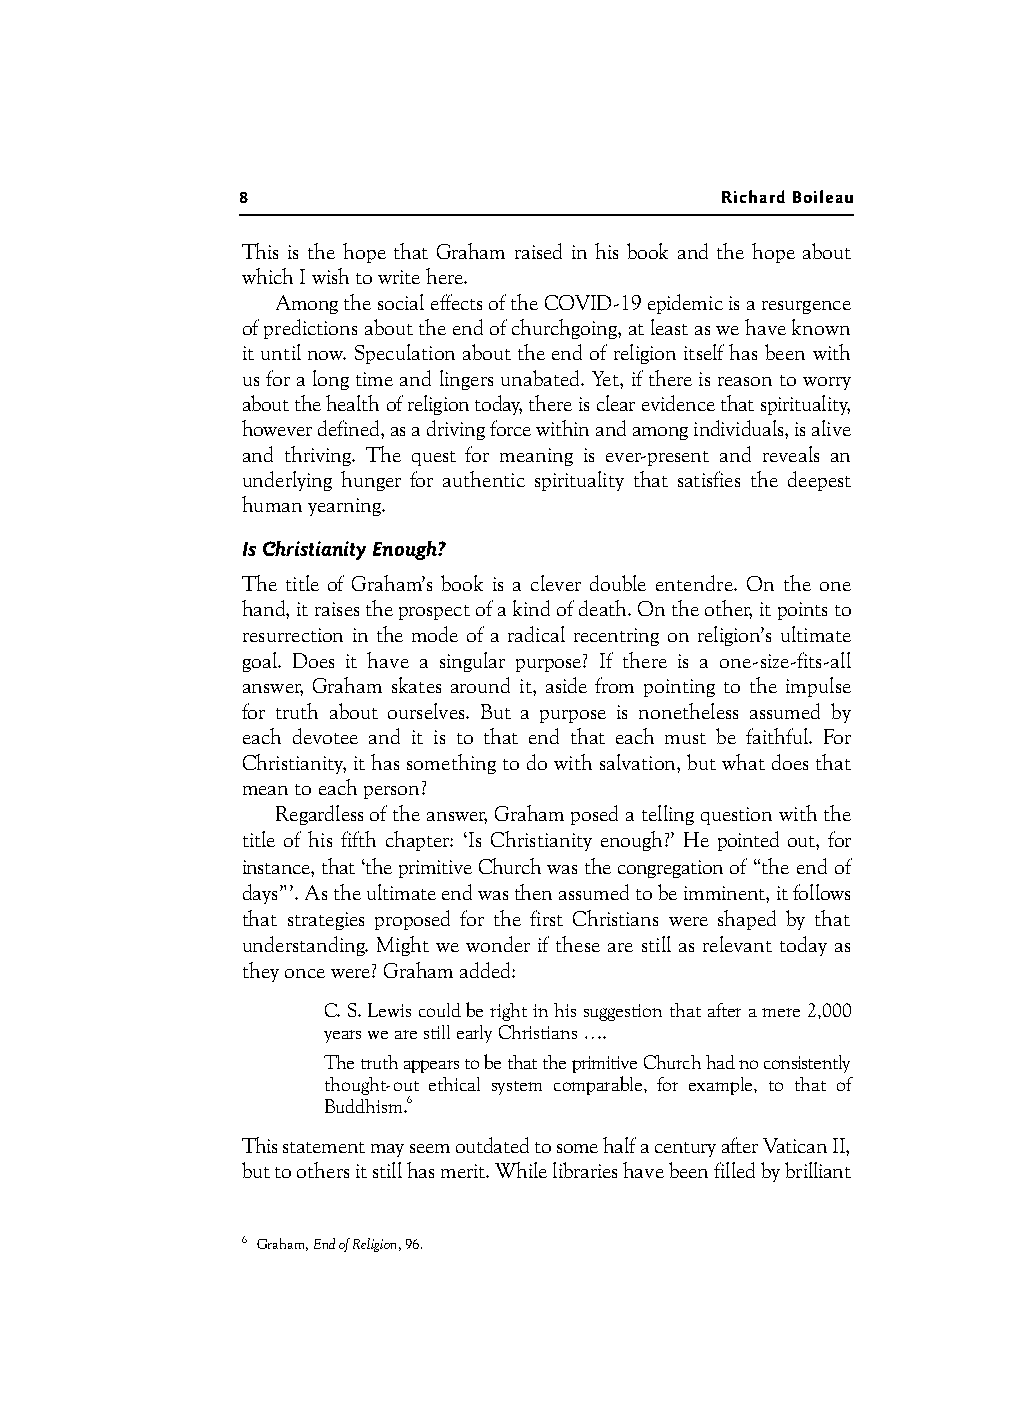
8                               Richard Boileau
 This is the hope that Graham raised in his book and the hope about
 which I wish to write here.
 Among the social effects of the COVID-19 epidemic is a resurgence
 of predictions about the end of churchgoing, at least as we have known
 it until now. Speculation about the end of religion itself has been with
 us for a long time and lingers unabated. Yet, if there is reason to worry
 about the health of religion today, there is clear evidence that spirituality,
 however defined, as a driving force within and among individuals, is alive
 and thriving. The quest for meaning is ever-present and reveals an
 underlying hunger for authentic spirituality that satisfies the deepest
 human yearning.
 Is Christianity Enough?
 The title of Graham’s book is a clever double entendre. On the one
 hand, it raises the prospect of a kind of death. On the other, it points to
 resurrection in the mode of a radical recentring on religion’s ultimate
 goal. Does it have a singular purpose? If there is a one-size-fits-all
 answer, Graham skates around it, aside from pointing to the impulse
 for truth about ourselves. But a purpose is nonetheless assumed by
 each devotee and it is to that end that each must be faithful. For
 Christianity, it has something to do with salvation, but what does that
 mean to each person?
 Regardless of the answer, Graham posed a telling question with the
 title of his fifth chapter: ‘Is Christianity enough?’ He pointed out, for
 instance, that ‘the primitive Church was the congregation of “the end of
 days”’. As the ultimate end was then assumed to be imminent, it follows
 that strategies proposed for the first Christians were shaped by that
 understanding. Might we wonder if these are still as relevant today as
 they once were? Graham added:
 C. S. Lewis could be right in his suggestion that after a mere 2,000
 years we are still early Christians ….
 The truth appears to be that the primitive Church had no consistently
 thought-out ethical system comparable, for example, to that of
 Buddhism.6
 This statement may seem outdated to some half a century after Vatican II,
 but to others it still has merit. While libraries have been filled by brilliant
 6 Graham, End of Religion, 96.